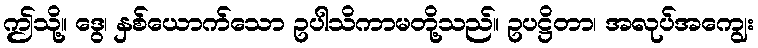
ဤသို့။ ဒွေ၊ နှစ်ယောက်သော ဥပါသိကာမတို့သည်။ ဥပဋ္ဌိတာ၊ အလုပ်အကျွေး